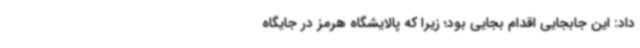
داد: این جابجایی اقدام بجایی بود؛ زیرا که پالایشگاه هرمز در جایگاه